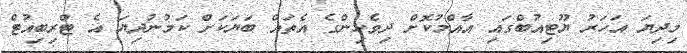
މިދިޔަ އަހަރު ޔޫޓިއުބްގައި އާއްމުކޮށް ދިވެހިންގެ އެތައް ބަޔަކަށް ކަމުނުދިޔަ އެ ޓްރިބިއުޓް